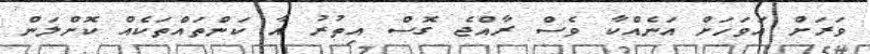
ވަރަށް އަވަހަށް އަނެއްކާ ވެސް ރާއްޖެ ގޮސް އިތުރު އާ ކަންތައްތަކެއް ކޮށްލަން